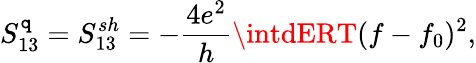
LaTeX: S_{13}^{\mathtt{q}}={S_{13}^{sh}}=-\frac{{4e^{2}}}{{h}}\intdERT(f-f_{0})^{2},